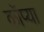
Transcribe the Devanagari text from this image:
कॉप्या